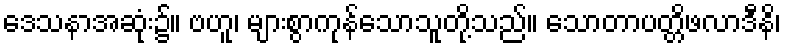
ဒေသနာအဆုံး၌။ ဗဟူ၊ များစွာကုန်သောသူတို့သည်။ သောတာပတ္တိဖလာဒီနိ၊